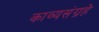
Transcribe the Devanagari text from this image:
काव्यसंग्रहे